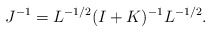
\begin{align*}J^{-1}=L^{-1/2}(I+K)^{-1}L^{-1/2}.\end{align*}